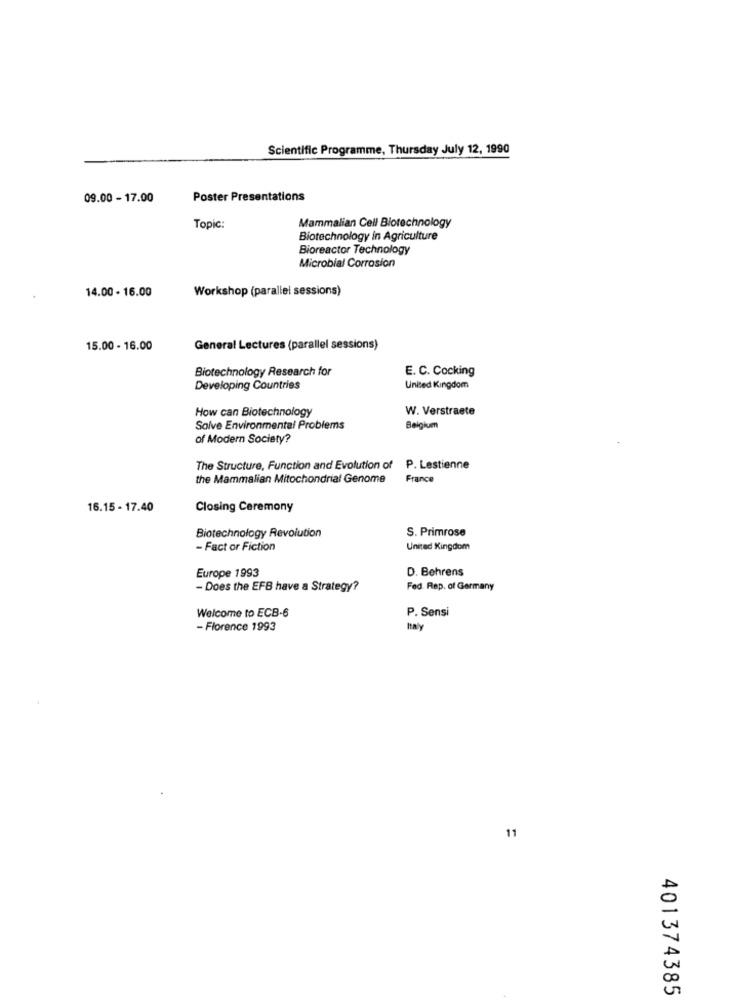
Scientific Programme, Thursday July 12, 1990
09.00 - 17.00
Poster Presentations
Topic:
Mammalian Cell Biotechnology
Biotechnology in Agriculture
Bioreactor Technology
Microbial Corrosion
14.00 - 16.00
Workshop (parallel sessions)
15.00 - 16.00
General Lectures (parallel sessions)
Biotechnology Research for
E. C. Cocking
Developing Countries
United Kingdom
How can Biotechnology
W. Verstraete
Salve Environmental Problems
Belgium
of Modern Society?
The Structure, Function and Evolution of P. Lestienne
the Mammalian Mitochondrial Genome
France
16.15 - 17.40
Closing Ceremony
S. Primrose
Biotechnology Revolution
- Fact or Fiction
United Kingdom
Europe 1993
D. Behrens
- Does the EFB have a Strategy?
Fed Rep. of Germany
P. Sensi
Welcome to ECB-6
- Florence 1993
haly
11
401374385